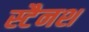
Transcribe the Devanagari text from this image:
स्टैनश